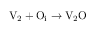
\mathrm { V } _ { 2 } + \mathrm { O } _ { \mathrm { i } } \to \mathrm { V } _ { 2 } \mathrm { O }